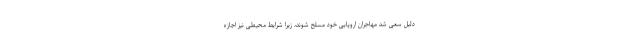
دلیل سعی شد مهاجران اروپایی خود مسلح شوند، زیرا شرایط محیطی نیز اجازه